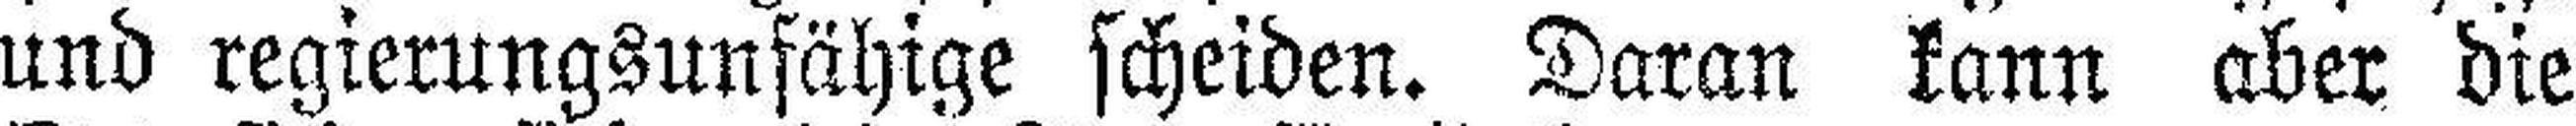
und regierungsunfähige scheiden. Daran kann aber die